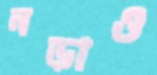
নড়াও